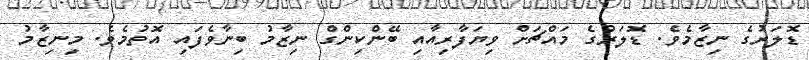
ޑޮލަރުގެ ނިޒާމެވެ. ޑޮލަރުގެ މައްޗަށް ވިޔަފާރިއާއި ބޭންކިންގް ނިޒާމު ބިނާވެފައި އޮތުމެވެ. މިނިޒާމު